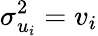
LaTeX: \sigma_{u_{i}}^{2}=v_{i}